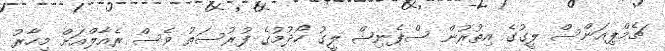
ޗެމްޕިއަންސް ލީގުގެ އިތުރުން ސްޕެނިޝް ލީގު ހޯދުމުގެ ފުރުސަތު ވެސް ރެއާލްއަށް މިހާރު